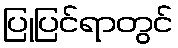
ပြုပြင်ရာတွင်